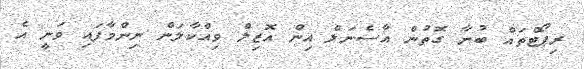
ރިޕޯޓްތައް ބުނާ ގޮތުން އާސެނަލް އިން އޮޒިލް ވިއްކާލަން ނިންމާފައި ވަނީ އެ